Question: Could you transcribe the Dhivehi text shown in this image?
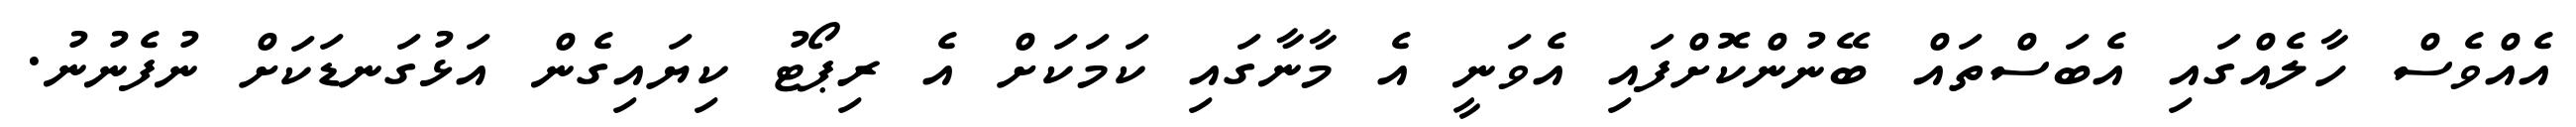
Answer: އެއްވެސް ހާލެއްގައި އެބަސްތައް ބޭނުންކޮށްފައި އެވަނީ އެ މާނާގައި ކަމަކަށް އެ ރިޕޯޓު ކިޔައިގެން އަޅުގަނޑަކަށް ނުފެނުނު.